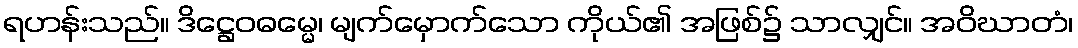
ရဟန်းသည်။ ဒိဋ္ဌေဝဓမ္မေ၊ မျက်မှောက်သော ကိုယ်၏ အဖြစ်၌ သာလျှင်။ အဝိဃာတံ၊